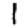
Digit: 1